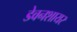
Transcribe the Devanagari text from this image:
डेवनशायर